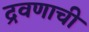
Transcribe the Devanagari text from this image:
द्रवणाची